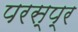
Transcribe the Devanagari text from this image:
परस्प्र